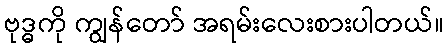
ဗုဒ္ဓကို ကျွန်တော် အရမ်းလေးစားပါတယ်။